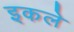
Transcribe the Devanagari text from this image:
इकले